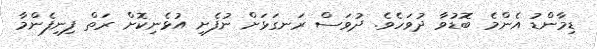
ޑިމާންޑު އެންމެ ބޮޑުވާ ދުވަހެވެ. ދުވަސް ރަނގަޅަށް ނުފެށި އުޅެނިކޮށް ރަތް ފިނިފެންމާ